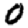
Digit: 0